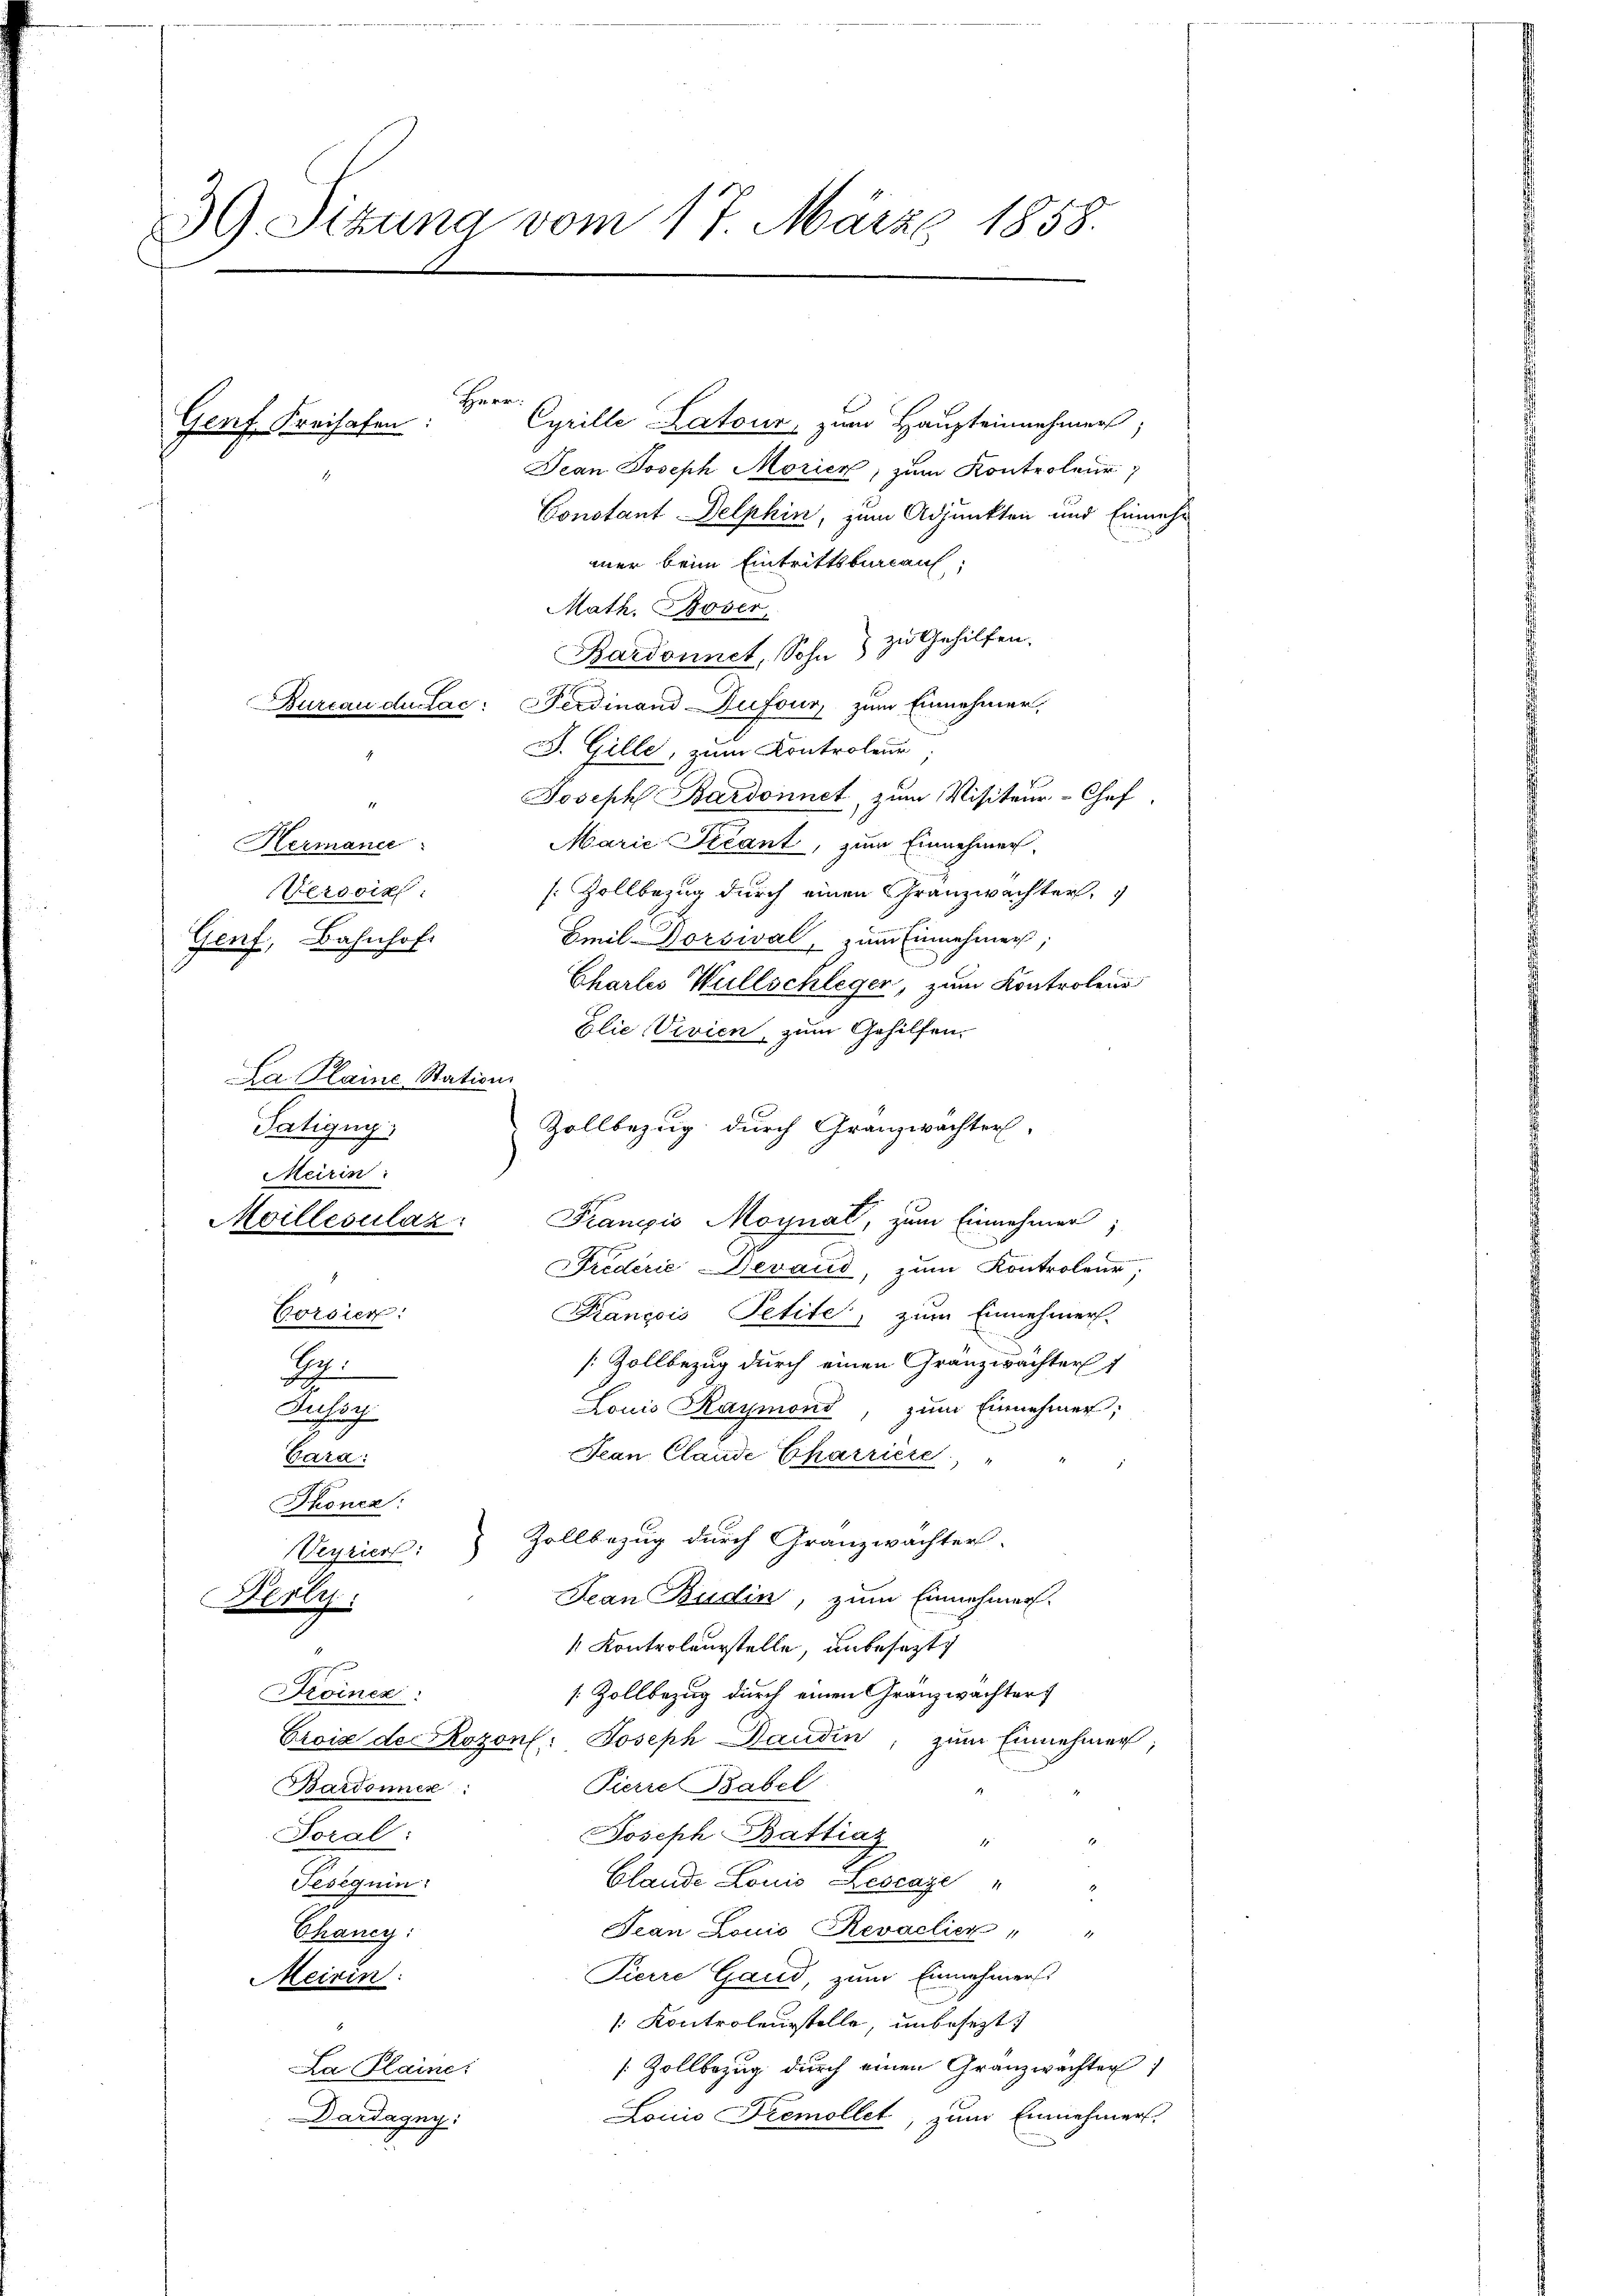
39. Sitzung vom 17. März 1858.

Herr
Cyrille Latour, zum Haupteinnehmers;
Jean Joseph Morien, zum Kontroleur
Constant Delphin, zum Adjunkten und Einnahm
mer beim Eintrittsbureau,
Math. Böser
Bardonnet, Sohn zu Gehilfen.
Bureau du Lac: Ferdinand Dufour, zum Einnehmer,
J. Gille, zum Kontroleur
Joseph Bardonnet, zum Visiteur-Chef
1
Marie Kicant, zum Einnehmer,
Hermanie
Versorg
[Zollbezug durch einen Granzwachter,
Emil-Dorsival, zum Einnehmen,
Genf, Bahnhof.
Charlis Willschleger, zum Kontrolen
Elie Vivien, zum Gehilfen.
Ca Plaine Station
Zollbezug durch Granzwachter,
Tatigny
Meirin:
Moillesuláz: Prangio Moynal, zum Einnehmer;
Triderie Devaud, zum Kontroleur
Corsien:
Kançois Petite, zum Einnehmers.
[Zollbezug durch einen Gränzwächter
Eg
Louis Kaymond, zum Einnehmer,
Lithog
Jean Claude Charriere
Bara:
Thonen:
Zollbezug durch Granzwachter.
Veyriert:
Jean Budin, zum Einnehmen.
Herli
 Kontroleurstelle, unbesezt
7
Froinez:
[ Zollbezug durch einen Granzwachter
Croix der Rozons: Joseph Baudin, zum Einnehmer,
Pierre Babel
Bardonnen
Soral
Joseph Battiaz "
A
Clande Louis Bescaze "
Pecigein.
Jean Louis Revaclier " "
thaney.
Pierre Gaud, zum Einnehmers
Meirin:
Kontroleurstelle, unbesezt:
[Zollbezug durch einen Granzwachter)
La Plaine:
Loicio Fremollet, zum Einnehmers.
Dardagny:

Genf Freihafen